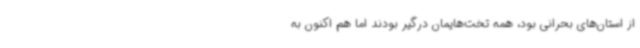
از استان‌های بحرانی بود، همه تخت‌هایمان درگیر بودند اما هم اکنون به